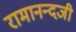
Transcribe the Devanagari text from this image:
रामानन्दजी